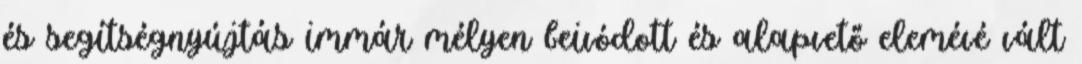
és segítségnyújtás immár mélyen beivódott és alapvető elemévé vált